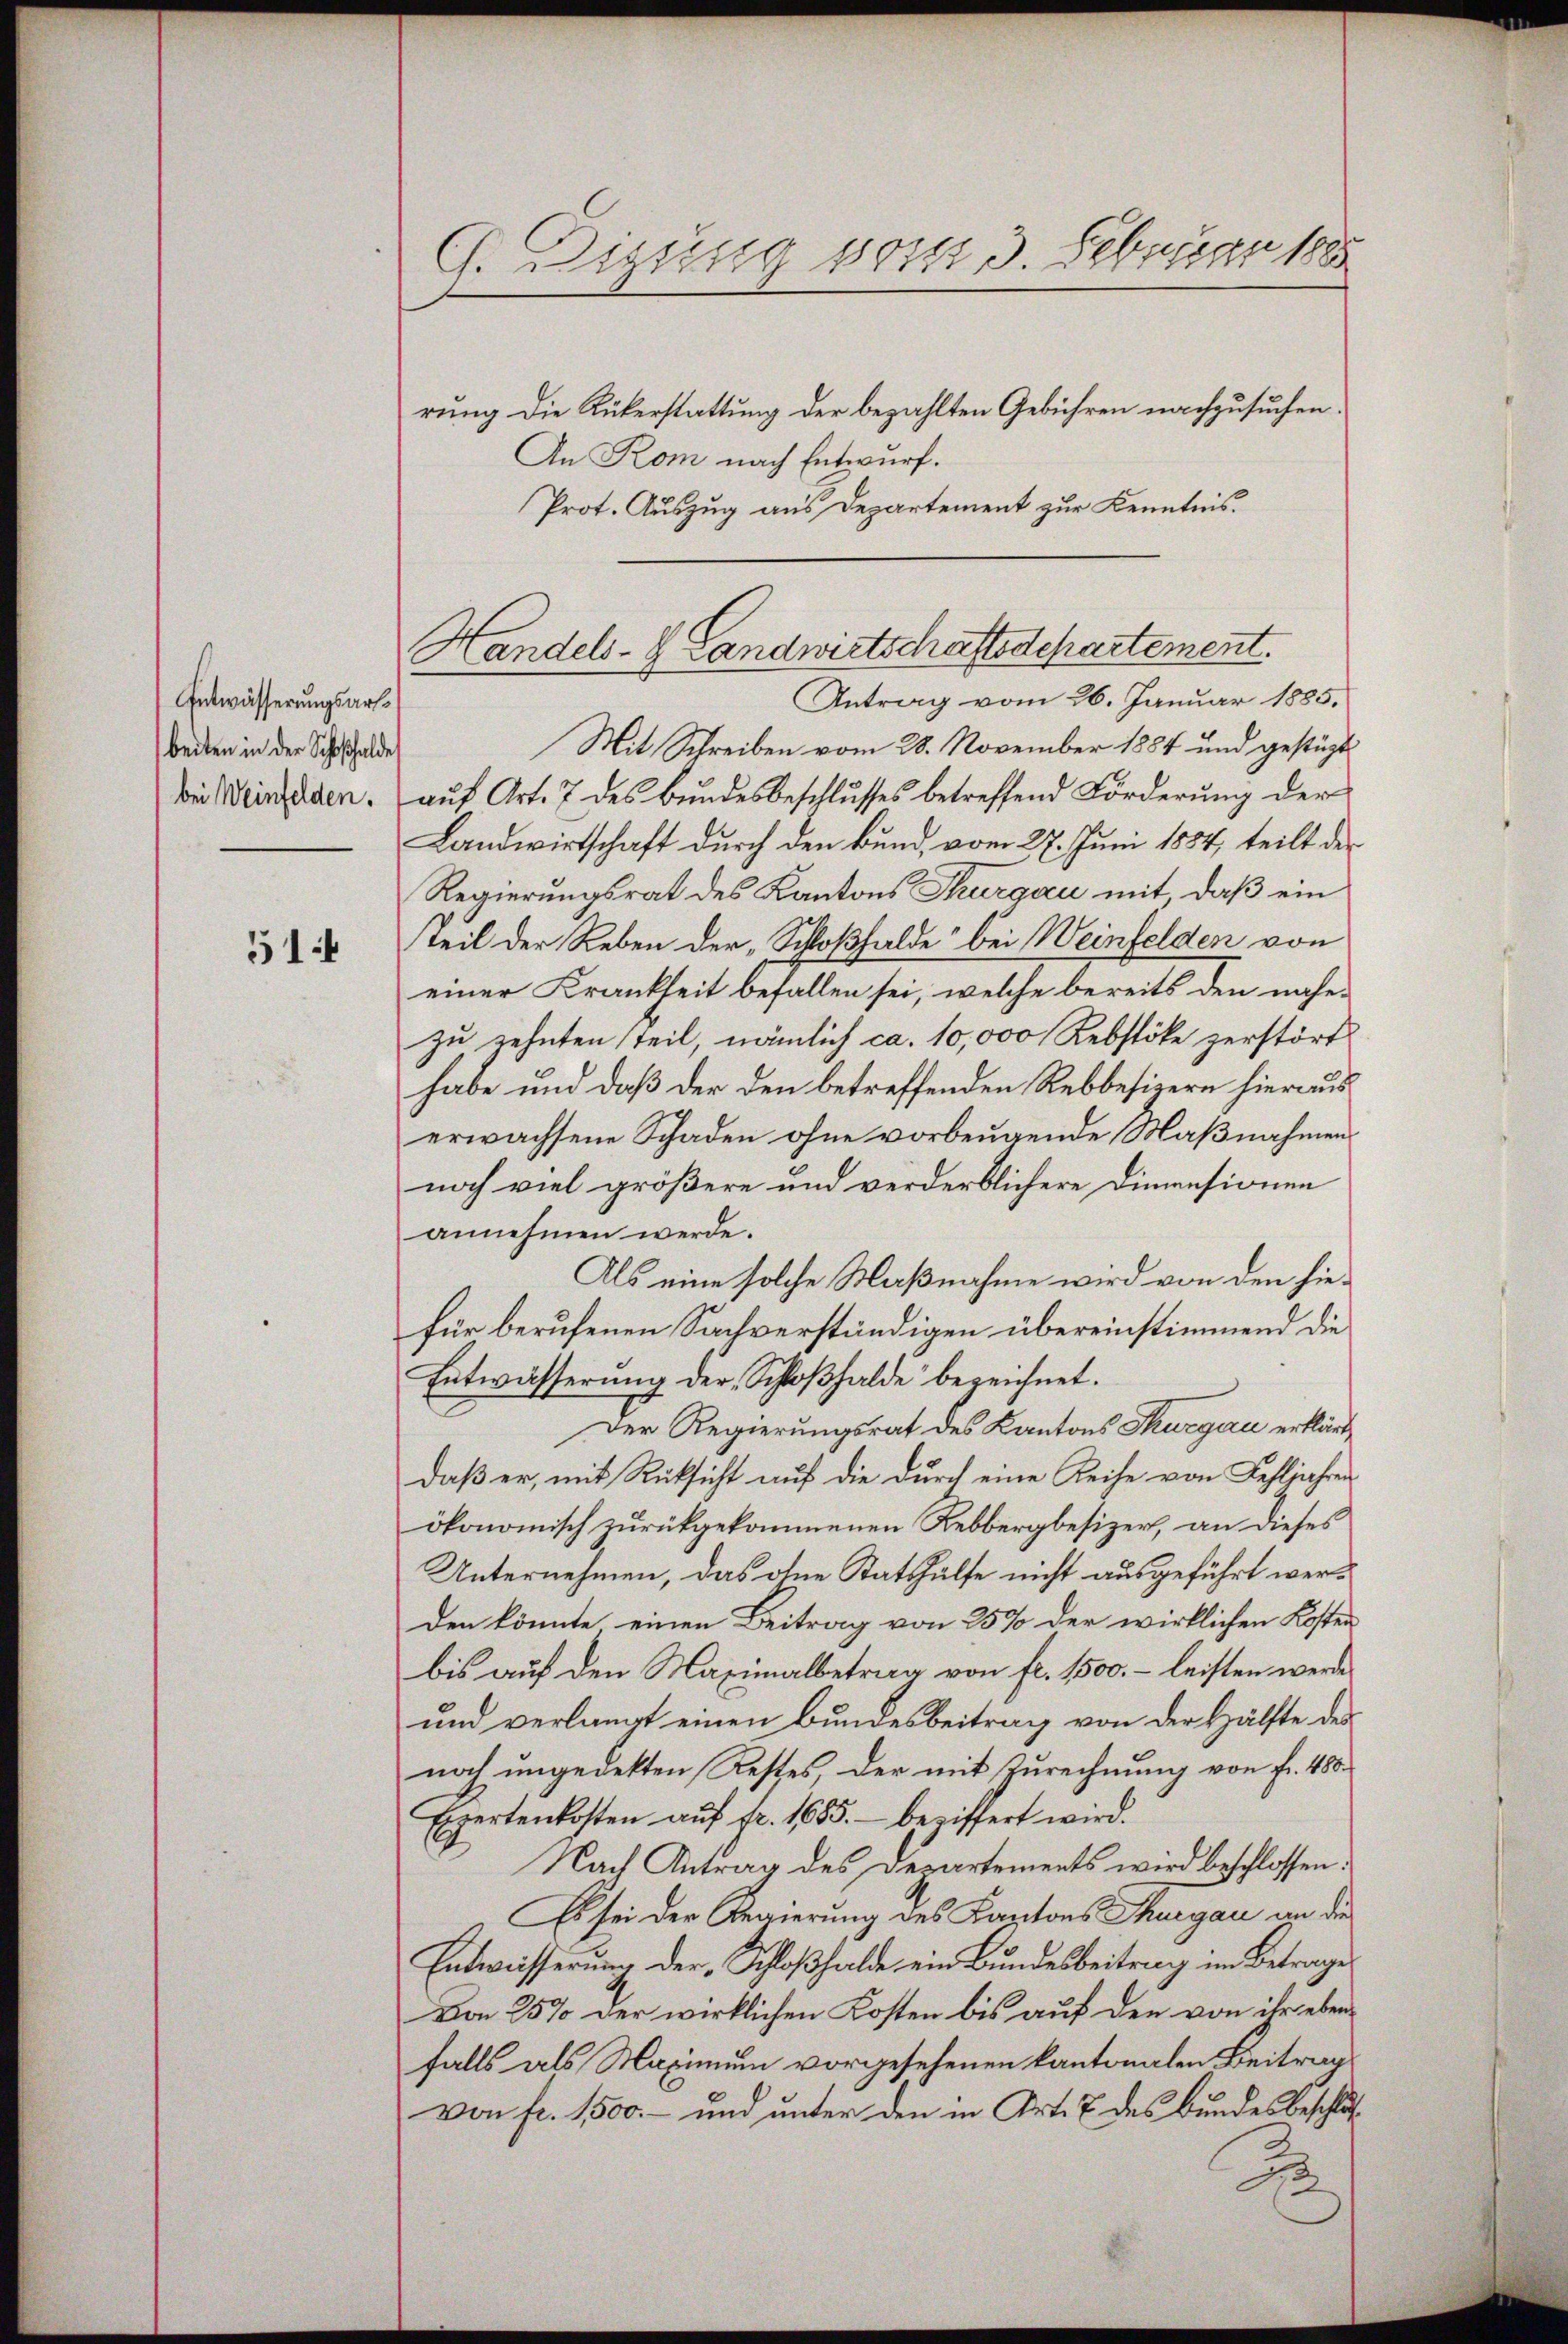
Entwässerungsartbeiten in der Schoshalde

51:4

G. Digung vom 3. Februar 1885

rung die Rükerstattung der bezahlten Gebühren nachzusuchen.
An Kom nach Entwurf.
Prot. Auszug aus Departement zur Kenntnis.

Handels- Landwirtschaftsdepartement.

Antrag vom 26. Januar 1885.
Mit Schreiben vom 28. November 1854 und gestüzt
bi eingeden. aŭf Art. 7 des Bŭndesbeschlŭsses betreffend Förderŭng der
Landwirtschaft durch den Bund, vom 27. Juni 1884, teilt der
Regierungsrat des Kantons Thurgau mit, daß ein
teil der Reben der „Schloßhalde bei Weinfelden von
einer Krankheit befallen sei, welche bereits den nähezu zehnten steil, nämlich ca. 10,000 Rebstöke zerstört
habe und daß der den betreffenden Rebbesizern hieraus
erwachsene Schaden ohne vorbeugende Maßnahmens
noch viel größere und verderblichere Dimensionen
annehmen werde.
Als eine solche Maßnahme wird von den hiefür berufenen Sachverständigen übereinstimmend die
Entwässerŭng der Schloβhalde bezeichnet.
x
Der Regierungsrat des Kantons Thurgau erklärt,
daß er, mit Rüksicht auf die durch eine Reihe von Fehljahren
ökonomisch zurückgekommenen Rebbergbesizer, an dieses
Unternehmen, das ohne Statshülfe nicht ausgeführt werden könnte einen Beitrag von 25% der wirklichen Kosten
bis auf den Maximalbetrag von fr. 1500. – leisten werde
und verlangt einen Bundesbeitrag von der Hälfte des
noch ungedekten Restes, der mit Zurechnung von fr. 485.
Expertenkosten aŭf fr. 1685. beriffert wird.
Nach Antrag des Departements wird beschlossen:
Es sei der Regierung des Kantons Thurgau an die
Entwässerung der Schloßhalde ein Bundesbeitrag im Betrage
Von 25% der wirklichen Kosten bis auf den von ihr ebenfalls als Maximum vorgesehenen kantonalen Beitrags
von fr. 1500.- und unter den in Art. 7 des Bundesbeschluß¬
J